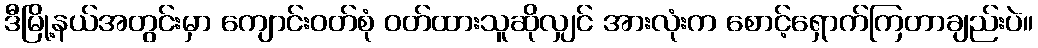
ဒီမြို့နယ်အတွင်းမှာ ကျောင်းဝတ်စုံ ဝတ်ထားသူဆိုလျှင် အားလုံးက စောင့်ရှောက်ကြတာချည်းပဲ။